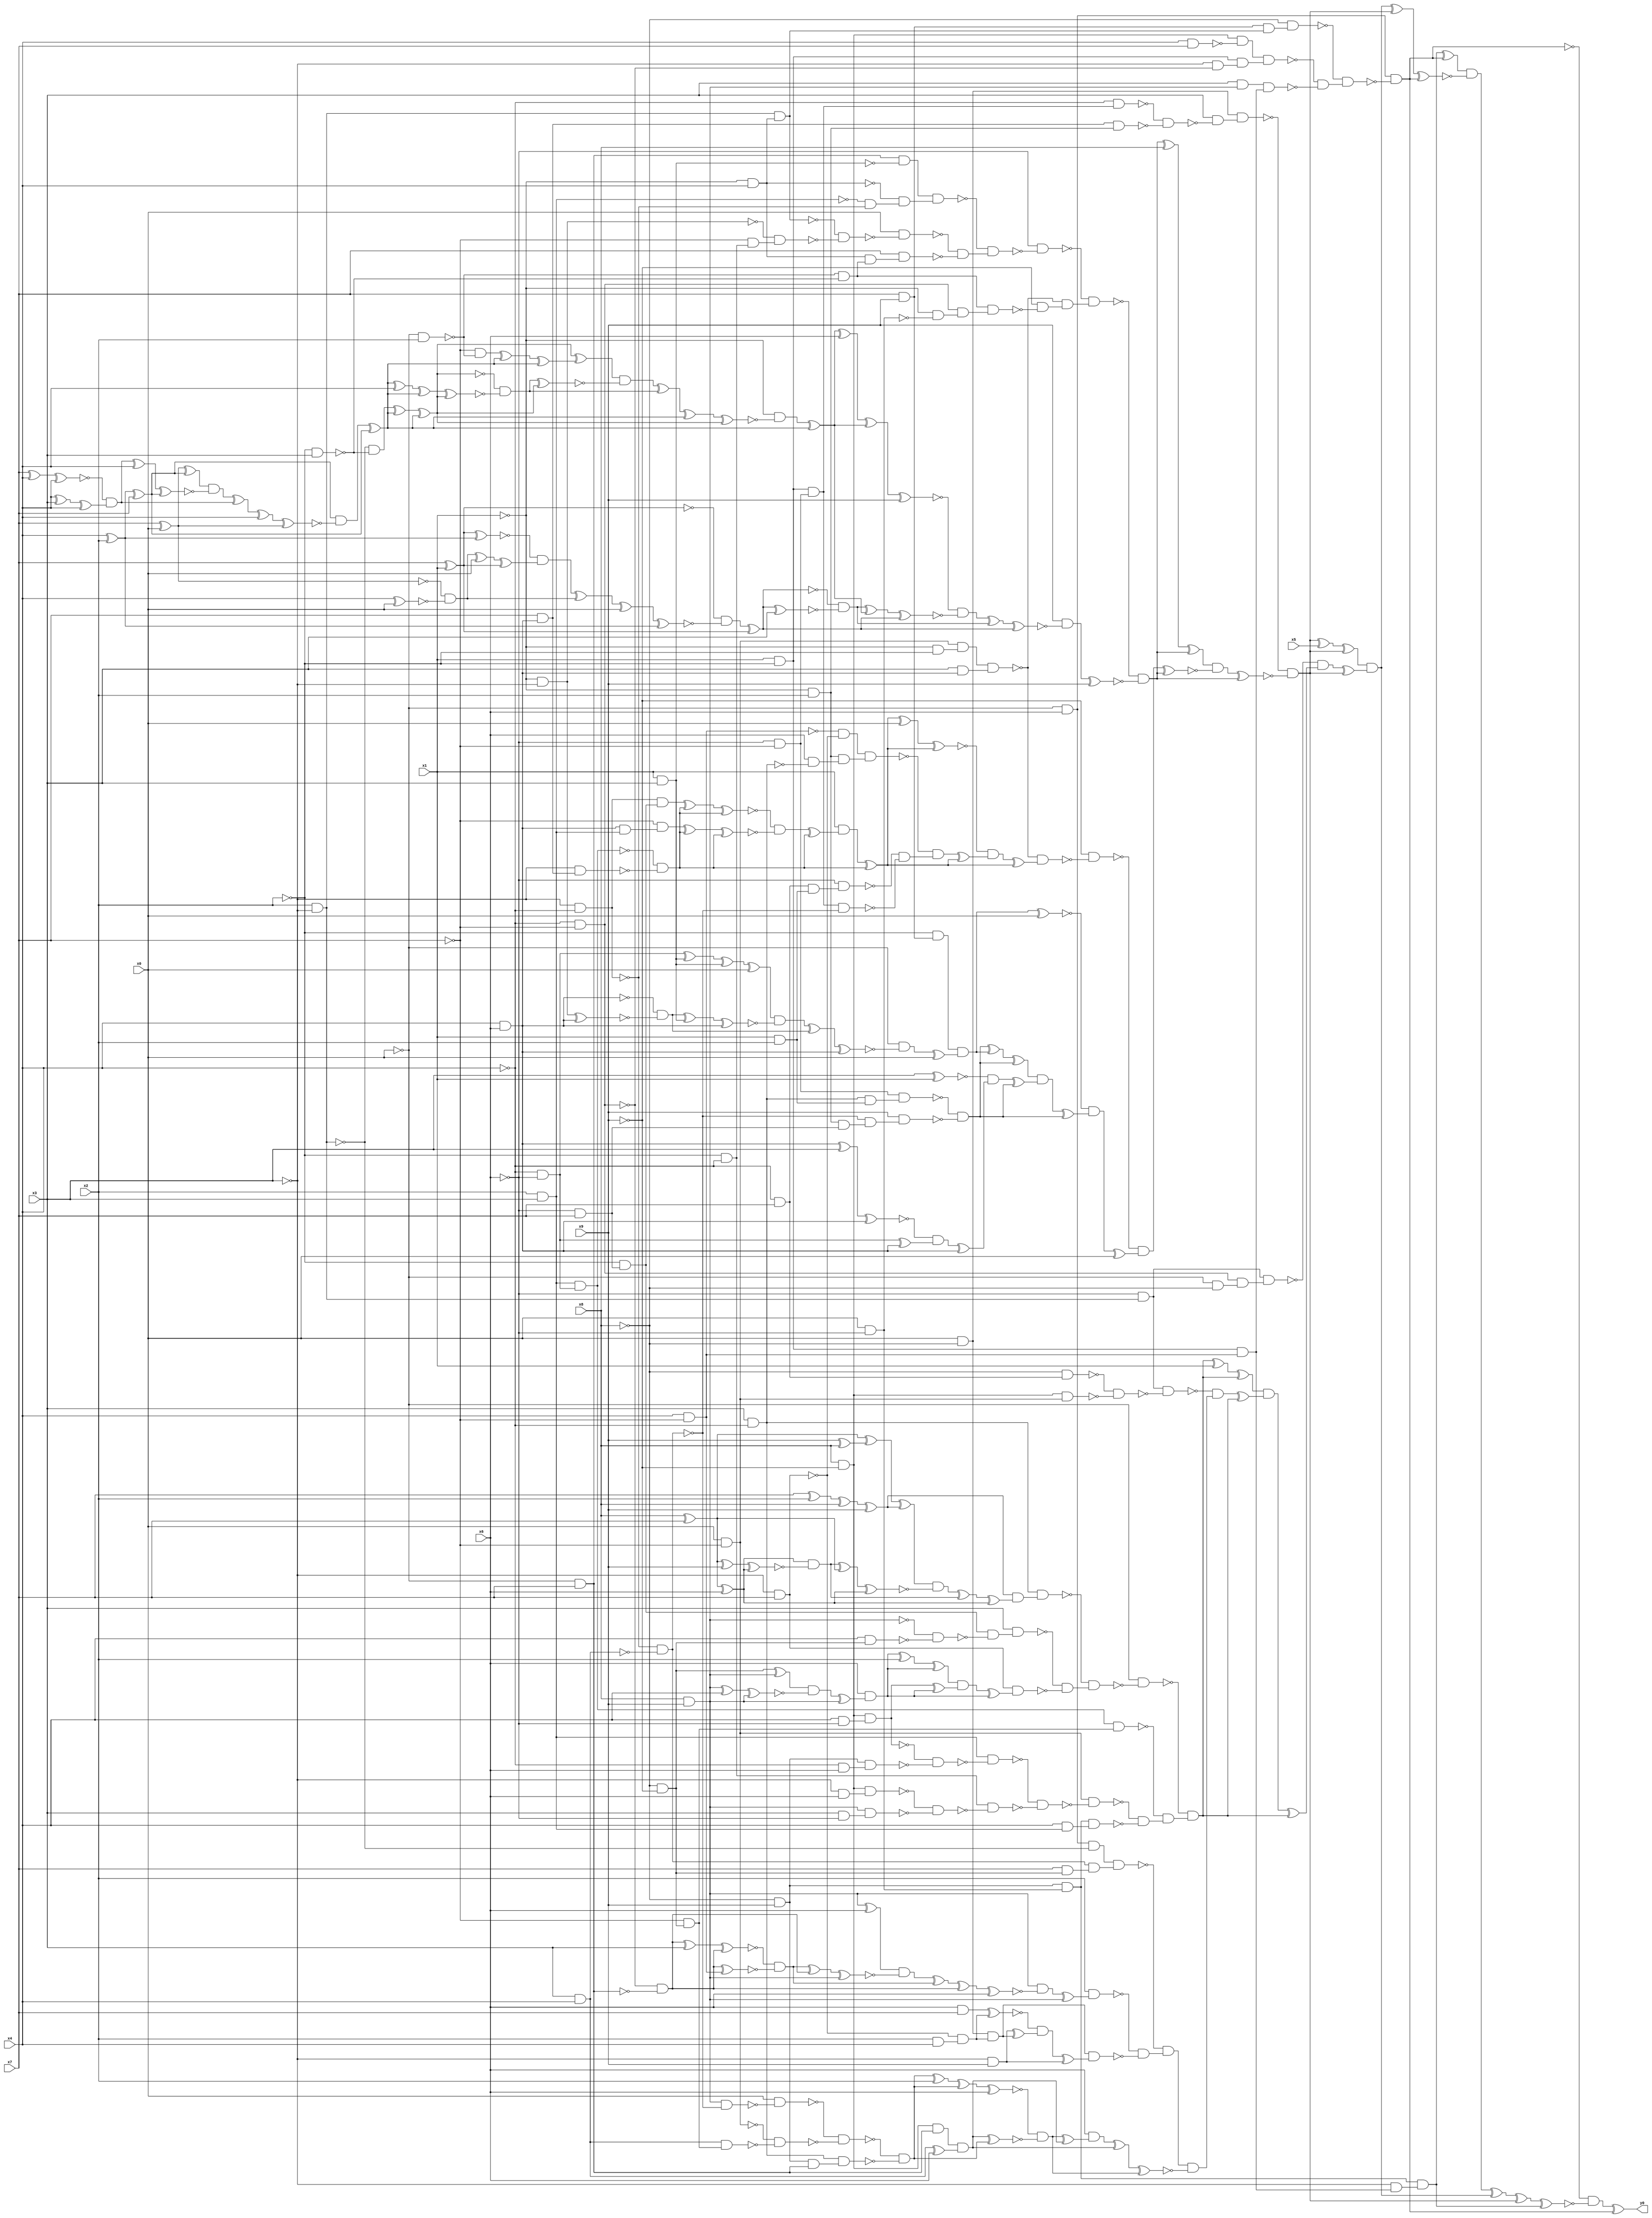
module top( x0 , x1 , x2 , x3 , x4 , x5 , x6 , x7 , x8 , x9 , y0 );
  input x0 , x1 , x2 , x3 , x4 , x5 , x6 , x7 , x8 , x9 ;
  output y0 ;
  wire n11 , n12 , n13 , n14 , n15 , n16 , n17 , n18 , n19 , n20 , n21 , n22 , n23 , n24 , n25 , n26 , n27 , n28 , n29 , n30 , n31 , n32 , n33 , n34 , n35 , n36 , n37 , n38 , n39 , n40 , n41 , n42 , n43 , n44 , n45 , n46 , n47 , n48 , n49 , n50 , n51 , n52 , n53 , n54 , n55 , n56 , n57 , n58 , n59 , n60 , n61 , n62 , n63 , n64 , n65 , n66 , n67 , n68 , n69 , n70 , n71 , n72 , n73 , n74 , n75 , n76 , n77 , n78 , n79 , n80 , n81 , n82 , n83 , n84 , n85 , n86 , n87 , n88 , n89 , n90 , n91 , n92 , n93 , n94 , n95 , n96 , n97 , n98 , n99 , n100 , n101 , n102 , n103 , n104 , n105 , n106 , n107 , n108 , n109 , n110 , n111 , n112 , n113 , n114 , n115 , n116 , n117 , n118 , n119 , n120 , n121 , n122 , n123 , n124 , n125 , n126 , n127 , n128 , n129 , n130 , n131 , n132 , n133 , n134 , n135 , n136 , n137 , n138 , n139 , n140 , n141 , n142 , n143 , n144 , n145 , n146 , n147 , n148 , n149 , n150 , n151 , n152 , n153 , n154 , n155 , n156 , n157 , n158 , n159 , n160 , n161 , n162 , n163 , n164 , n165 , n166 , n167 , n168 , n169 , n170 , n171 , n172 , n173 , n174 , n175 , n176 , n177 , n178 , n179 , n180 , n181 , n182 , n183 , n184 , n185 , n186 , n187 , n188 , n189 , n190 , n191 , n192 , n193 , n194 , n195 , n196 , n197 , n198 , n199 , n200 , n201 , n202 , n203 , n204 , n205 , n206 , n207 , n208 , n209 , n210 , n211 , n212 , n213 , n214 , n215 , n216 , n217 , n218 , n219 , n220 , n221 , n222 , n223 , n224 , n225 , n226 , n227 , n228 , n229 , n230 , n231 , n232 , n233 , n234 , n235 , n236 , n237 , n238 , n239 , n240 , n241 , n242 , n243 , n244 , n245 , n246 , n247 , n248 , n249 , n250 , n251 , n252 , n253 , n254 , n255 , n256 , n257 , n258 , n259 , n260 , n261 , n262 , n263 , n264 , n265 , n266 , n267 , n268 , n269 , n270 , n271 , n272 , n273 , n274 , n275 , n276 , n277 , n278 , n279 , n280 , n281 , n282 , n283 , n284 , n285 , n286 , n287 , n288 , n289 , n290 , n291 , n292 , n293 , n294 , n295 , n296 , n297 , n298 , n299 , n300 , n301 , n302 , n303 , n304 , n305 , n306 , n307 , n308 , n309 , n310 , n311 , n312 , n313 , n314 , n315 , n316 , n317 , n318 , n319 , n320 , n321 , n322 , n323 , n324 , n325 , n326 , n327 , n328 , n329 , n330 , n331 , n332 , n333 , n334 , n335 , n336 , n337 , n338 , n339 , n340 , n341 , n342 , n343 , n344 , n345 , n346 , n347 , n348 , n349 , n350 , n351 , n352 , n353 , n354 , n355 , n356 , n357 , n358 , n359 , n360 , n361 , n362 ;
  assign n11 = ~x0 & x6 ;
  assign n12 = x7 & x9 ;
  assign n13 = x2 & ~x3 ;
  assign n14 = ~x1 & x4 ;
  assign n15 = n13 & n14 ;
  assign n16 = n12 & n15 ;
  assign n17 = ~x8 & n16 ;
  assign n18 = x8 & ~x9 ;
  assign n19 = x4 & x7 ;
  assign n20 = n18 & ~n19 ;
  assign n21 = x1 & ~x2 ;
  assign n22 = ~x4 & ~x7 ;
  assign n23 = ~x3 & ~n22 ;
  assign n24 = n21 & n23 ;
  assign n25 = n20 & n24 ;
  assign n26 = x8 & x9 ;
  assign n27 = x3 & n26 ;
  assign n28 = x4 & ~x7 ;
  assign n29 = n21 & n28 ;
  assign n30 = n27 & n29 ;
  assign n31 = ~n25 & ~n30 ;
  assign n32 = ~n17 & n31 ;
  assign n33 = n11 & ~n32 ;
  assign n34 = ~x8 & x9 ;
  assign n35 = x0 & ~x6 ;
  assign n36 = n34 & n35 ;
  assign n37 = ~x3 & n29 ;
  assign n38 = n36 & n37 ;
  assign n39 = n38 ^ n33 ;
  assign n40 = x0 & ~x8 ;
  assign n41 = ~x6 & ~x7 ;
  assign n42 = n21 & n41 ;
  assign n43 = ~x4 & n42 ;
  assign n44 = x4 & x6 ;
  assign n45 = x7 & n44 ;
  assign n46 = ~x1 & x2 ;
  assign n47 = n45 & n46 ;
  assign n48 = ~n43 & ~n47 ;
  assign n49 = x3 & ~n48 ;
  assign n50 = n40 & n49 ;
  assign n51 = ~x0 & x7 ;
  assign n52 = x1 & x3 ;
  assign n53 = n51 & ~n52 ;
  assign n54 = x2 & x3 ;
  assign n55 = ~x3 & ~x4 ;
  assign n56 = ~n54 & ~n55 ;
  assign n57 = ~n14 & n56 ;
  assign n58 = n53 & n57 ;
  assign n59 = ~x1 & ~x3 ;
  assign n60 = ~x2 & ~x4 ;
  assign n61 = ~x7 & n60 ;
  assign n62 = ~n59 & n61 ;
  assign n63 = ~n15 & ~n62 ;
  assign n64 = x0 & ~n63 ;
  assign n65 = ~x0 & x2 ;
  assign n66 = ~x2 & x3 ;
  assign n67 = ~n65 & ~n66 ;
  assign n68 = n14 & n67 ;
  assign n69 = x7 & n68 ;
  assign n70 = ~n64 & ~n69 ;
  assign n71 = ~n58 & n70 ;
  assign n72 = ~x6 & ~n71 ;
  assign n73 = x0 & ~x7 ;
  assign n74 = ~x1 & ~x2 ;
  assign n75 = n73 & n74 ;
  assign n76 = x3 & n44 ;
  assign n77 = n75 & n76 ;
  assign n78 = ~x1 & ~n35 ;
  assign n79 = n22 & n78 ;
  assign n80 = n67 & n79 ;
  assign n81 = ~x9 & ~n80 ;
  assign n82 = ~n77 & n81 ;
  assign n83 = ~n72 & n82 ;
  assign n104 = ~n13 & ~n66 ;
  assign n84 = x4 ^ x2 ;
  assign n85 = n84 ^ x7 ;
  assign n86 = x7 ^ x0 ;
  assign n87 = n86 ^ n85 ;
  assign n88 = x7 ^ x4 ;
  assign n89 = n88 ^ x4 ;
  assign n90 = x4 ^ x3 ;
  assign n91 = n90 ^ x4 ;
  assign n92 = ~n89 & n91 ;
  assign n93 = n92 ^ x4 ;
  assign n94 = n93 ^ n85 ;
  assign n95 = n87 & ~n94 ;
  assign n96 = n95 ^ n92 ;
  assign n97 = n96 ^ x4 ;
  assign n98 = n97 ^ n86 ;
  assign n99 = n85 & ~n98 ;
  assign n100 = n99 ^ n85 ;
  assign n105 = n104 ^ n100 ;
  assign n106 = n105 ^ n100 ;
  assign n101 = ~x7 & ~n65 ;
  assign n102 = n101 ^ n100 ;
  assign n103 = n102 ^ n100 ;
  assign n107 = n106 ^ n103 ;
  assign n108 = n100 ^ x4 ;
  assign n109 = n108 ^ n100 ;
  assign n110 = n109 ^ n106 ;
  assign n111 = ~n106 & ~n110 ;
  assign n112 = n111 ^ n106 ;
  assign n113 = n107 & ~n112 ;
  assign n114 = n113 ^ n111 ;
  assign n115 = n114 ^ n100 ;
  assign n116 = n115 ^ n106 ;
  assign n117 = ~x1 & ~n116 ;
  assign n118 = n117 ^ n100 ;
  assign n119 = n118 ^ x6 ;
  assign n120 = n119 ^ n118 ;
  assign n121 = n120 ^ x9 ;
  assign n122 = x7 ^ x1 ;
  assign n123 = n122 ^ n84 ;
  assign n124 = x4 ^ x0 ;
  assign n125 = ~n86 & ~n124 ;
  assign n126 = n125 ^ x0 ;
  assign n127 = n126 ^ n122 ;
  assign n128 = ~n123 & n127 ;
  assign n129 = n128 ^ n125 ;
  assign n130 = n129 ^ x0 ;
  assign n131 = n130 ^ n84 ;
  assign n132 = ~n122 & ~n131 ;
  assign n133 = n132 ^ n122 ;
  assign n134 = n133 ^ x3 ;
  assign n135 = ~n133 & ~n134 ;
  assign n136 = n135 ^ n118 ;
  assign n137 = n136 ^ n133 ;
  assign n138 = ~n121 & ~n137 ;
  assign n139 = n138 ^ n135 ;
  assign n140 = n139 ^ n133 ;
  assign n141 = x9 & ~n140 ;
  assign n142 = n141 ^ x9 ;
  assign n143 = ~n83 & ~n142 ;
  assign n144 = n143 ^ x8 ;
  assign n145 = n144 ^ n143 ;
  assign n150 = ~x6 & x7 ;
  assign n151 = ~x2 & n150 ;
  assign n152 = n55 & n151 ;
  assign n146 = ~x4 & ~x6 ;
  assign n147 = n54 & n146 ;
  assign n148 = ~x3 & n45 ;
  assign n149 = ~n147 & ~n148 ;
  assign n153 = n152 ^ n149 ;
  assign n154 = n153 ^ n149 ;
  assign n155 = n44 & n54 ;
  assign n156 = ~x7 & n155 ;
  assign n157 = n156 ^ n149 ;
  assign n158 = n157 ^ n149 ;
  assign n159 = ~n154 & ~n158 ;
  assign n160 = n159 ^ n149 ;
  assign n161 = x1 & n160 ;
  assign n162 = n161 ^ n149 ;
  assign n163 = n162 ^ x0 ;
  assign n164 = n163 ^ n162 ;
  assign n165 = ~x3 & x7 ;
  assign n166 = ~n28 & ~n165 ;
  assign n167 = x3 & ~x4 ;
  assign n168 = x6 & ~n167 ;
  assign n169 = n46 & n168 ;
  assign n170 = n166 & n169 ;
  assign n171 = ~x4 & x7 ;
  assign n172 = x1 & x2 ;
  assign n173 = n171 & n172 ;
  assign n174 = ~x6 & n173 ;
  assign n175 = x3 & x4 ;
  assign n176 = ~n55 & ~n175 ;
  assign n177 = n42 & ~n176 ;
  assign n178 = ~n174 & ~n177 ;
  assign n179 = ~n170 & n178 ;
  assign n180 = n179 ^ n162 ;
  assign n181 = ~n164 & n180 ;
  assign n182 = n181 ^ n162 ;
  assign n183 = ~n77 & n182 ;
  assign n184 = ~x9 & ~n183 ;
  assign n185 = ~x2 & n12 ;
  assign n186 = n146 ^ n52 ;
  assign n187 = n186 ^ n52 ;
  assign n188 = n187 ^ x0 ;
  assign n189 = n59 ^ n44 ;
  assign n190 = ~n44 & ~n189 ;
  assign n191 = n190 ^ n52 ;
  assign n192 = n191 ^ n44 ;
  assign n193 = n188 & ~n192 ;
  assign n194 = n193 ^ n190 ;
  assign n195 = n194 ^ n44 ;
  assign n196 = ~x0 & ~n195 ;
  assign n197 = n196 ^ x0 ;
  assign n198 = n185 & n197 ;
  assign n199 = n198 ^ x0 ;
  assign n200 = n167 & n172 ;
  assign n201 = n41 & n200 ;
  assign n202 = n46 & n150 ;
  assign n203 = ~n176 & n202 ;
  assign n204 = x9 & n203 ;
  assign n205 = ~n201 & ~n204 ;
  assign n206 = n205 ^ n198 ;
  assign n207 = n206 ^ n205 ;
  assign n208 = x3 ^ x1 ;
  assign n209 = n44 ^ x3 ;
  assign n210 = n209 ^ n44 ;
  assign n211 = n146 ^ n44 ;
  assign n212 = ~n210 & n211 ;
  assign n213 = n212 ^ n44 ;
  assign n214 = ~n208 & n213 ;
  assign n215 = n214 ^ n205 ;
  assign n216 = n207 & n215 ;
  assign n217 = n216 ^ n205 ;
  assign n218 = ~n199 & n217 ;
  assign n219 = n218 ^ x0 ;
  assign n220 = ~n184 & n219 ;
  assign n221 = n220 ^ n143 ;
  assign n222 = n145 & ~n221 ;
  assign n223 = n222 ^ n143 ;
  assign n224 = ~n50 & ~n223 ;
  assign n225 = n224 ^ x5 ;
  assign n226 = n225 ^ n224 ;
  assign n227 = ~x6 & n13 ;
  assign n228 = ~x0 & ~x8 ;
  assign n229 = n22 & n228 ;
  assign n230 = n227 & n229 ;
  assign n231 = x7 ^ x2 ;
  assign n232 = n231 ^ x8 ;
  assign n233 = n232 ^ x9 ;
  assign n235 = x8 ^ x7 ;
  assign n234 = x9 ^ x8 ;
  assign n236 = n235 ^ n234 ;
  assign n237 = n236 ^ n233 ;
  assign n238 = n235 ^ x6 ;
  assign n239 = n235 ^ x9 ;
  assign n240 = n239 ^ n238 ;
  assign n241 = n238 & ~n240 ;
  assign n242 = n241 ^ n235 ;
  assign n243 = n242 ^ n238 ;
  assign n244 = n237 & ~n243 ;
  assign n245 = n244 ^ n241 ;
  assign n246 = n245 ^ n238 ;
  assign n247 = n233 & n246 ;
  assign n248 = n167 & n247 ;
  assign n249 = ~x8 & ~x9 ;
  assign n250 = x4 & n249 ;
  assign n251 = ~n26 & ~n250 ;
  assign n252 = n151 & ~n251 ;
  assign n253 = x3 & n252 ;
  assign n254 = n249 ^ n26 ;
  assign n255 = n26 ^ x4 ;
  assign n256 = n255 ^ n26 ;
  assign n257 = n254 & ~n256 ;
  assign n258 = n257 ^ n26 ;
  assign n259 = x6 & n258 ;
  assign n260 = n259 ^ x2 ;
  assign n261 = n260 ^ n259 ;
  assign n262 = x4 & ~x6 ;
  assign n263 = n18 & n262 ;
  assign n264 = n263 ^ n259 ;
  assign n265 = n261 & n264 ;
  assign n266 = n265 ^ n259 ;
  assign n267 = n165 & n266 ;
  assign n268 = ~n253 & ~n267 ;
  assign n269 = ~n248 & n268 ;
  assign n270 = ~x0 & ~n269 ;
  assign n271 = ~x7 & n249 ;
  assign n272 = n147 & n271 ;
  assign n273 = ~x4 & x6 ;
  assign n274 = n34 & n273 ;
  assign n275 = ~n263 & ~n274 ;
  assign n276 = n54 & ~n275 ;
  assign n277 = ~x3 & x6 ;
  assign n278 = n18 & n277 ;
  assign n279 = x3 & ~x6 ;
  assign n280 = n26 & n279 ;
  assign n281 = ~n278 & ~n280 ;
  assign n282 = n60 & ~n281 ;
  assign n283 = ~n276 & ~n282 ;
  assign n284 = n73 & ~n283 ;
  assign n285 = x4 & n54 ;
  assign n286 = n36 & n285 ;
  assign n287 = ~n284 & ~n286 ;
  assign n288 = ~n272 & n287 ;
  assign n289 = ~n270 & n288 ;
  assign n290 = n289 ^ x1 ;
  assign n291 = n290 ^ n289 ;
  assign n292 = ~x8 & n171 ;
  assign n293 = n18 & n73 ;
  assign n294 = ~n292 & ~n293 ;
  assign n295 = n227 & ~n294 ;
  assign n296 = n11 & ~n13 ;
  assign n297 = x7 & n249 ;
  assign n298 = n176 & n297 ;
  assign n299 = n296 & n298 ;
  assign n300 = n26 ^ x6 ;
  assign n301 = ~n22 & ~n51 ;
  assign n302 = n301 ^ x3 ;
  assign n303 = n302 ^ n301 ;
  assign n304 = n301 ^ n28 ;
  assign n305 = ~n303 & ~n304 ;
  assign n306 = n305 ^ n301 ;
  assign n307 = n306 ^ n26 ;
  assign n308 = n300 & ~n307 ;
  assign n309 = n308 ^ n305 ;
  assign n310 = n309 ^ n301 ;
  assign n311 = n310 ^ x6 ;
  assign n312 = n26 & ~n311 ;
  assign n313 = n312 ^ n26 ;
  assign n314 = x2 & n313 ;
  assign n315 = x2 & x4 ;
  assign n316 = ~n165 & n315 ;
  assign n317 = n40 & n316 ;
  assign n318 = x6 & x7 ;
  assign n319 = n318 ^ n316 ;
  assign n320 = ~x3 & x9 ;
  assign n321 = n320 ^ n317 ;
  assign n322 = ~n319 & n321 ;
  assign n323 = n322 ^ n320 ;
  assign n324 = n317 & n323 ;
  assign n325 = ~n314 & ~n324 ;
  assign n326 = ~n299 & n325 ;
  assign n327 = n26 & ~n176 ;
  assign n328 = x0 & ~n327 ;
  assign n329 = n175 & n271 ;
  assign n330 = ~n73 & ~n329 ;
  assign n331 = ~n328 & ~n330 ;
  assign n332 = n34 & n51 ;
  assign n333 = n167 & n332 ;
  assign n334 = ~n331 & ~n333 ;
  assign n335 = n334 ^ x2 ;
  assign n336 = n335 ^ n334 ;
  assign n337 = n336 ^ x6 ;
  assign n338 = n18 & n51 ;
  assign n339 = n175 ^ x6 ;
  assign n340 = n338 & n339 ;
  assign n341 = n340 ^ n334 ;
  assign n342 = ~n337 & ~n341 ;
  assign n343 = n342 ^ n340 ;
  assign n344 = x6 & n343 ;
  assign n345 = n344 ^ n340 ;
  assign n346 = n345 ^ n342 ;
  assign n347 = n326 & ~n346 ;
  assign n348 = ~n295 & n347 ;
  assign n349 = n348 ^ n289 ;
  assign n350 = n291 & n349 ;
  assign n351 = n350 ^ n289 ;
  assign n352 = ~n230 & n351 ;
  assign n353 = n352 ^ n224 ;
  assign n354 = n226 & n353 ;
  assign n355 = n354 ^ n224 ;
  assign n356 = n355 ^ n33 ;
  assign n357 = n39 & ~n356 ;
  assign n358 = n357 ^ n354 ;
  assign n359 = n358 ^ n224 ;
  assign n360 = n359 ^ n38 ;
  assign n361 = ~n33 & ~n360 ;
  assign n362 = n361 ^ n33 ;
  assign y0 = n362 ;
endmodule